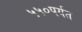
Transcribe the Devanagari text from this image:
५५०पर्यत